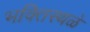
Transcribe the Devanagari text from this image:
भक्तिस्थळे